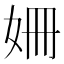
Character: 姍